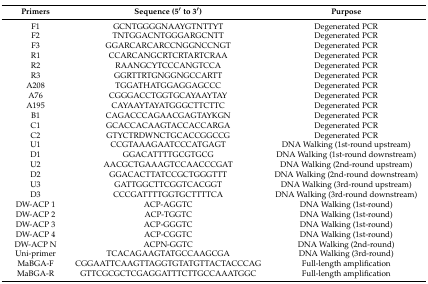
<table><thead><tr><td><b>Primers</b></td><td><b>Sequence (5′ to 3′)</b></td><td><b>Purpose</b></td></tr></thead><tbody><tr><td>F1</td><td>GCNTGGGGNAAYGTNTTYT</td><td>Degenerated PCR</td></tr><tr><td>F2</td><td>TNTGGACNTGGGARGCNTT</td><td>Degenerated PCR</td></tr><tr><td>F3</td><td>GGARCARCARCCNGGNCCNGT</td><td>Degenerated PCR</td></tr><tr><td>R1</td><td>CCARCANGCRTCRTARTCRAA</td><td>Degenerated PCR</td></tr><tr><td>R2</td><td>RAANGCYTCCCANGTCCA</td><td>Degenerated PCR</td></tr><tr><td>R3</td><td>GGRTTRTGNGGNGCCARTT</td><td>Degenerated PCR</td></tr><tr><td>A208</td><td>TGGATHATGGAGGAGCCC</td><td>Degenerated PCR</td></tr><tr><td>A76</td><td>CGGGACCTGGTGCAYAAYTAY</td><td>Degenerated PCR</td></tr><tr><td>A195</td><td>CAYAAYTAYATGGGCTTCTTC</td><td>Degenerated PCR</td></tr><tr><td>B1</td><td>CAGACCCAGAACGAGTAYKGN</td><td>Degenerated PCR</td></tr><tr><td>C1</td><td>GCACCACAAGTACCACCARGA</td><td>Degenerated PCR</td></tr><tr><td>C2</td><td>GTYCTRDWNCTGCACCGGCCG</td><td>Degenerated PCR</td></tr><tr><td>U1</td><td>CCGTAAAGAATCCCATGAGT</td><td>DNA Walking (1st-round upstream)</td></tr><tr><td>D1</td><td>GGACATTTTGCGTGCG</td><td>DNA Walking (1st-round downstream)</td></tr><tr><td>U2</td><td>AACGCTGAAAGTCCAACCCGAT</td><td>DNA Walking (2nd-round upstream)</td></tr><tr><td>D2</td><td>GGACACTTATCCGCTGGGTTT</td><td>DNA Walking (2nd-round downstream)</td></tr><tr><td>U3</td><td>GATTGGCTTCGGTCACGGT</td><td>DNA Walking (3rd-round upstream)</td></tr><tr><td>D3</td><td>CCCGATTTTGGTGCTTTTCA</td><td>DNA Walking (3rd-round downstream)</td></tr><tr><td>DW-ACP 1</td><td>ACP-AGGTC</td><td>DNA Walking (1st-round)</td></tr><tr><td>DW-ACP 2</td><td>ACP-TGGTC</td><td>DNA Walking (1st-round)</td></tr><tr><td>DW-ACP 3</td><td>ACP-GGGTC</td><td>DNA Walking (1st-round)</td></tr><tr><td>DW-ACP 4</td><td>ACP-CGGTC</td><td>DNA Walking (1st-round)</td></tr><tr><td>DW-ACP N</td><td>ACPN-GGTC</td><td>DNA Walking (2nd-round)</td></tr><tr><td>Uni-primer</td><td>TCACAGAAGTATGCCAAGCGA</td><td>DNA Walking (3rd-round)</td></tr><tr><td>MaBGA-F</td><td>CGGAATTCAAGTTAGGTGTATGTTACTACCCAG</td><td>Full-length amplification</td></tr><tr><td>MaBGA-R</td><td>GTTCGCGCTCGAGGATTTCTTGCCAAATGGC</td><td>Full-length amplification</td></tr></tbody></table>